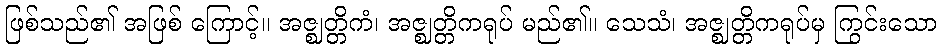
ဖြစ်သည်၏ အဖြစ် ကြောင့်။ အဇ္ဈတ္တိကံ၊ အဇ္ဈတ္တိကရုပ် မည်၏။ သေသံ၊ အဇ္ဈတ္တိကရုပ်မှ ကြွင်းသော